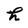
Character: h